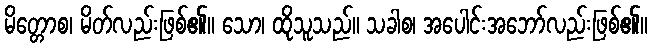
မိတ္တောစ၊ မိတ်လည်းဖြစ်၏။ သော၊ ထိုသူသည်။ သခါစ၊ အပေါင်းအဘော်လည်းဖြစ်၏။